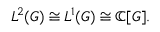
L ^ { 2 } ( G ) \cong L ^ { 1 } ( G ) \cong \mathbb { C } [ G ] .